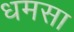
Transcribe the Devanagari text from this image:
धमसा